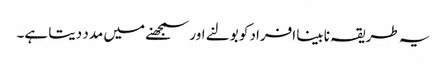
یہ طریقہ نابینا افراد کو بولنے اور سمجھنے میں مدد دیتا ہے۔